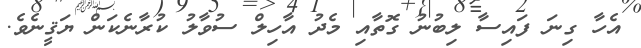
އެހާ ގިނަ ފައިސާ ލިބުނު ގޮތާއި މެދު އާހިލް ސުވާލު ކުރާނެކަން ޔަޤީނެވެ.